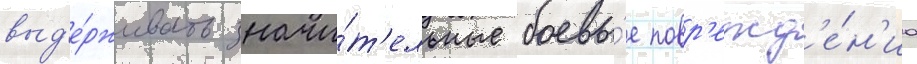
выд'е́рживать значи́т'ельные боевы́е повр'ежд'е́н'иа